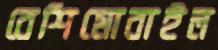
বেশিমোবাইল